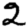
Digit: 2